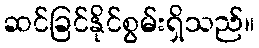
ဆင်ခြင်နိုင်စွမ်းရှိသည်။